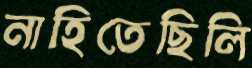
নাহিতেছিলি